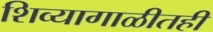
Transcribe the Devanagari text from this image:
शिव्यागाळीतही